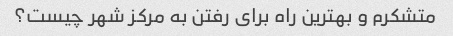
متشکرم و بهترین راه برای رفتن به مرکز شهر چیست؟